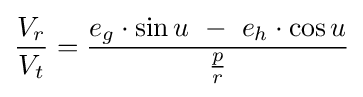
{\frac {V_{r}}{V_{t}}}={\frac {e_{g}\cdot \sin u\ -\ e_{h}\cdot \cos u}{\frac {p}{r}}}